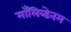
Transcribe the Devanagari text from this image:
माँलिब्डेनम